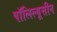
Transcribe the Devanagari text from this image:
पॉलिल्यूसीन